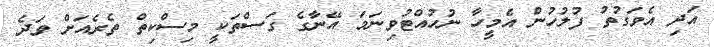
އަދި އެވަގުތު ފުލުހުން އެމީހާ ނުހުއްޓުވިނަމަ އޭނާގެ ގަސްތަކީ މިސްކިތް ތެރެއަށް ވަދެ